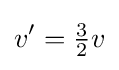
v^{\prime }=\textstyle {\frac {3}{2}}v